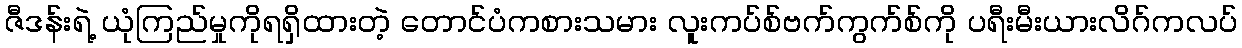
ဇီဒန်းရဲ့ ယုံကြည်မှုကိုရရှိထားတဲ့ တောင်ပံကစားသမား လူးကပ်စ်ဗက်ကွက်စ်ကို ပရီးမီးယားလိဂ်ကလပ်